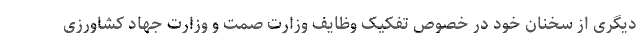
دیگری از سخنان خود در خصوص تفکیک وظایف وزارت صمت و وزارت جهاد کشاورزی